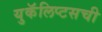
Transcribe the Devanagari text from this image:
युकॅलिप्टसची